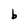
Character: b